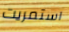
استمريت